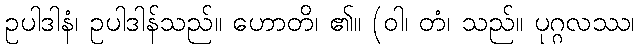
ဥပါဒါနံ၊ ဥပါဒါန်သည်။ ဟောတိ၊ ၏။ (ဝါ၊ တံ၊ သည်။ ပုဂ္ဂလဿ၊